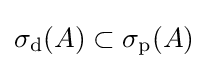
\sigma _{\mathrm {d} }(A)\subset \sigma _{\mathrm {p} }(A)